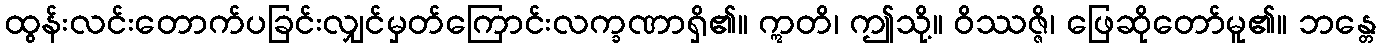
ထွန်းလင်းတောက်ပခြင်းလျှင်မှတ်ကြောင်းလက္ခဏာရှိ၏။ ဣတိ၊ ဤသို့။ ဝိဿဇ္ဇိ၊ ဖြေဆိုတော်မူ၏။ ဘန္တေ